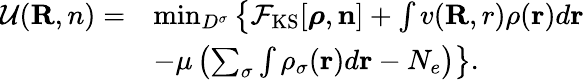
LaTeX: \begin{array}{rl}{{\cal U}({\mathbf R,n})=}&{\operatorname*{min}_{D^{\sigma}}\left\{ {\cal F}_{\mathrm{KS}}[{\boldsymbol\rho},{\mathbf n}]+\int v({\mathbf R,r})\rho({\mathbf r})d{\mathbf r}\right.}\\ &{\left.-\mu\left(\sum_{\sigma}\int\rho_{\sigma}({\mathbf r})d{\mathbf r}-N_{e}\right)\right\} .}\end{array}